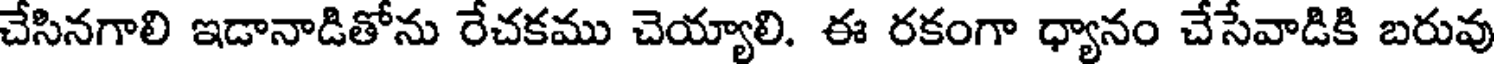
చేసినగాలి ఇడానాడితోను రేచకము చెయ్యాలి. ఈ రకంగా ధ్యానం చేసేవాడికి బరువు